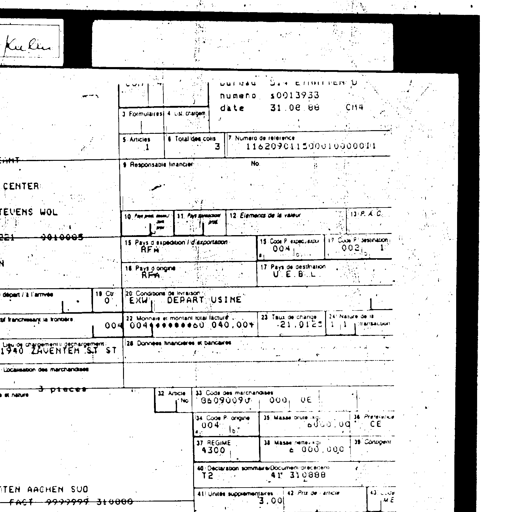
Kulin
numero 10013933
date 31.08.88 CMA
3 Formulaires 4 List chargem
5 Articles 1 6 Total des colis 3 7 Numero de reference 116209011500010000011
9 Responsable financier No
CENTER
TEVENS WOL
221 9010005
10 Pr. pays dest. 11 Pays d'origine 12 Elements de la valeur 13 P.A.C.
BE
15 Pays d'expedition / d'exportation RFA 15 Code P. exp./exp. 004 17 Code P. destination 003
16 Pays d'origine RFA 17 Pays de destination U.E.B.L.
depart / a l'arrivee 18 Cy 0 20 Conditions de livraison EXW DEPART USINE
franchissant la frontiere 004 22 Monnaie et montant total facture 004 004********* 040.00+ 23 Taux de change 21.0125 24 Nature de la transaction 1 1
Lieu de chargement / dechargement 1940 ZAVENTEM S.T ST 28 Donnees financieres et bancaires
Localisation des marchandises
3 pieces 32 Article No 33 Code des marchandises 38090090 000 UE
34 Code P. origine 004 35 Masse brute (kg) 000.00 36 Preference CE
37 REGIME 4300 38 Masse nette (kg) 000.000 39 Contingent
40 Declaration sommaire / Document precedent T2 41 310888
TEN AACHEN SUD FACT 9999999 310888 41 Unites supplementaires 3.00 42 Prix de l'article 43 C.D.P. ME